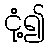
ငုံ့၍